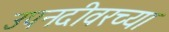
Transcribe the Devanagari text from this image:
उपनदीवरच्या